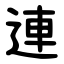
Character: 連